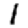
Digit: 1